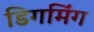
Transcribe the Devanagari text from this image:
डिगमिंग